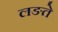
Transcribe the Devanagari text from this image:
लङते